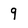
Character: 9